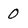
Character: 0